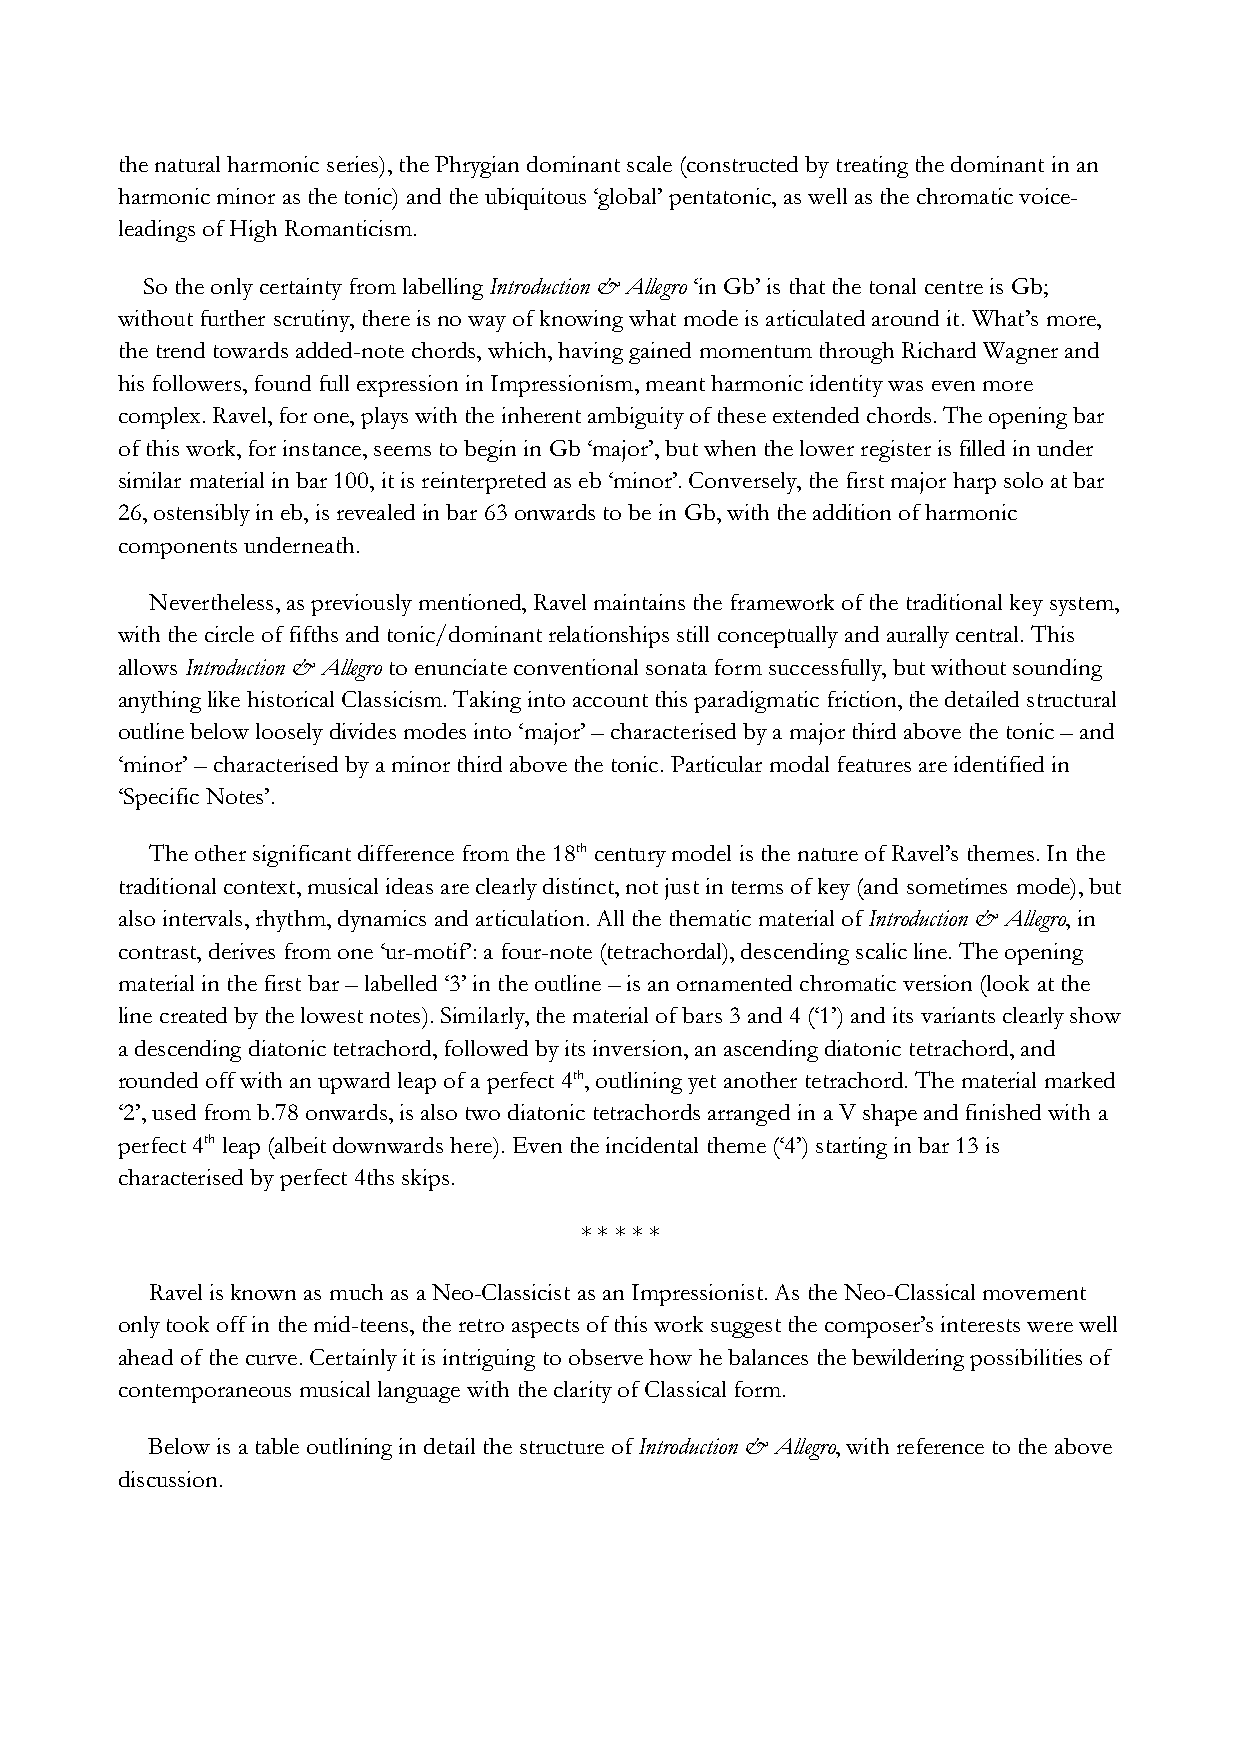
the natural harmonic series), the Phrygian dominant scale (constructed by treating the dominant in an
 harmonic minor as the tonic) and the ubiquitous ‘global’ pentatonic, as well as the chromatic voice-
 leadings of High Romanticism.
 So the only certainty from labelling Introduction & Allegro ‘in Gb’ is that the tonal centre is Gb;
 without further scrutiny, there is no way of knowing what mode is articulated around it. What’s more,
 the trend towards added-note chords, which, having gained momentum through Richard Wagner and
 his followers, found full expression in Impressionism, meant harmonic identity was even more
 complex. Ravel, for one, plays with the inherent ambiguity of these extended chords. The opening bar
 of this work, for instance, seems to begin in Gb ‘major’, but when the lower register is filled in under
 similar material in bar 100, it is reinterpreted as eb ‘minor’. Conversely, the first major harp solo at bar
 26, ostensibly in eb, is revealed in bar 63 onwards to be in Gb, with the addition of harmonic
 components underneath.
 Nevertheless, as previously mentioned, Ravel maintains the framework of the traditional key system,
 with the circle of fifths and tonic/dominant relationships still conceptually and aurally central. This
 allows Introduction & Allegro to enunciate conventional sonata form successfully, but without sounding
 anything like historical Classicism. Taking into account this paradigmatic friction, the detailed structural
 outline below loosely divides modes into ‘major’ – characterised by a major third above the tonic – and
 ‘minor’ – characterised by a minor third above the tonic. Particular modal features are identified in
 ‘Specific Notes’.
 The other significant difference from the 18th century model is the nature of Ravel’s themes. In the
 traditional context, musical ideas are clearly distinct, not just in terms of key (and sometimes mode), but
 also intervals, rhythm, dynamics and articulation. All the thematic material of Introduction & Allegro, in
 contrast, derives from one ‘ur-motif’: a four-note (tetrachordal), descending scalic line. The opening
 material in the first bar – labelled ‘3’ in the outline – is an ornamented chromatic version (look at the
 line created by the lowest notes). Similarly, the material of bars 3 and 4 (‘1’) and its variants clearly show
 a descending diatonic tetrachord, followed by its inversion, an ascending diatonic tetrachord, and
 rounded off with an upward leap of a perfect 4th, outlining yet another tetrachord. The material marked
 ‘2’, used from b.78 onwards, is also two diatonic tetrachords arranged in a V shape and finished with a
 perfect 4th leap (albeit downwards here). Even the incidental theme (‘4’) starting in bar 13 is
 characterised by perfect 4ths skips.
 * * * * *
 Ravel is known as much as a Neo-Classicist as an Impressionist. As the Neo-Classical movement
 only took off in the mid-teens, the retro aspects of this work suggest the composer’s interests were well
 ahead of the curve. Certainly it is intriguing to observe how he balances the bewildering possibilities of
 contemporaneous musical language with the clarity of Classical form.
 Below is a table outlining in detail the structure of Introduction & Allegro, with reference to the above
 discussion.